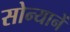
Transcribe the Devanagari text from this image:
सोन्यानें